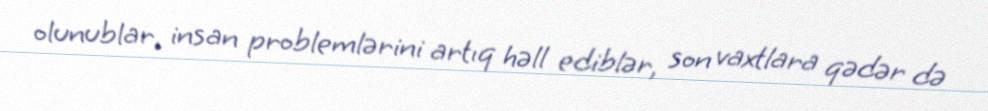
olunublar, insan problemlərini artıq həll ediblər, son vaxtlara qədər də